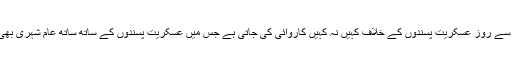
پچھلے کئی مہینوں سے روز عسکریت پسندوں کے خلاف کہیں نہ کہیں کاروائی کی جاتی ہے جس میں عسکریت پسندوں کے ساتھ ساتھ عام شہری بھی مارے جاتے ہیں ۔